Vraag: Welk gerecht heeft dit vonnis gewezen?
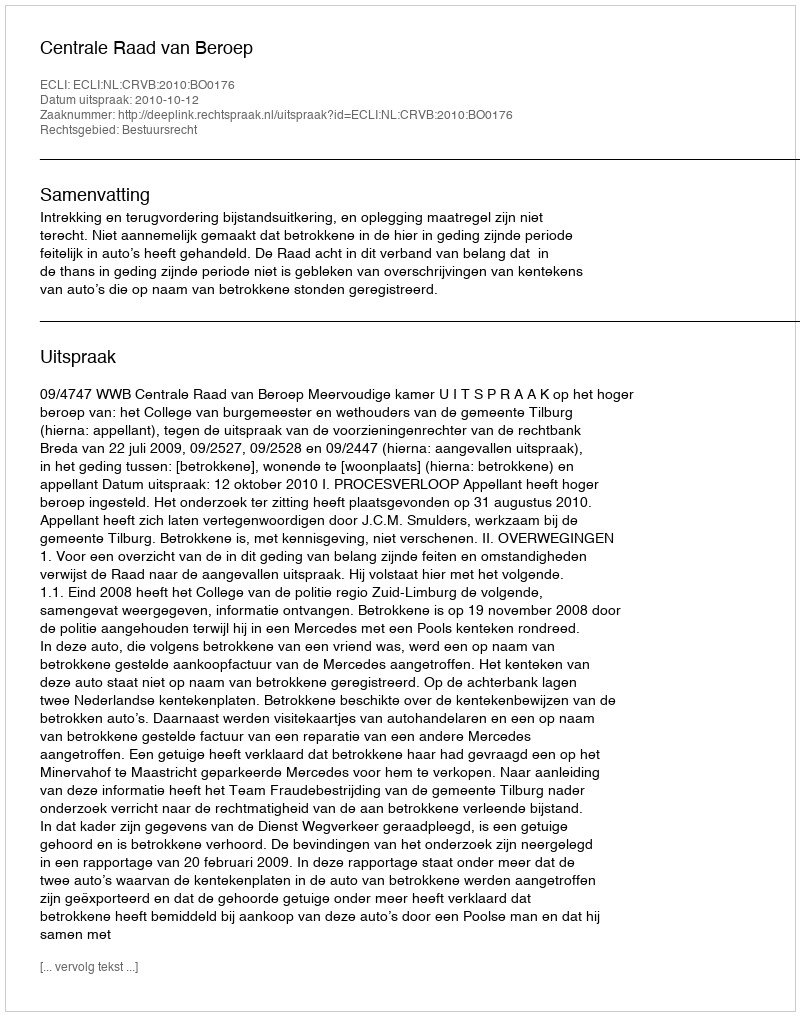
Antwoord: Centrale Raad van Beroep